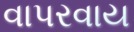
વાપરવાય